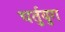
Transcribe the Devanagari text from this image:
चर्तुयुग